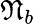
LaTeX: \mathfrak{N}_{b}